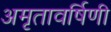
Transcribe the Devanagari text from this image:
अमृतावर्षिणी